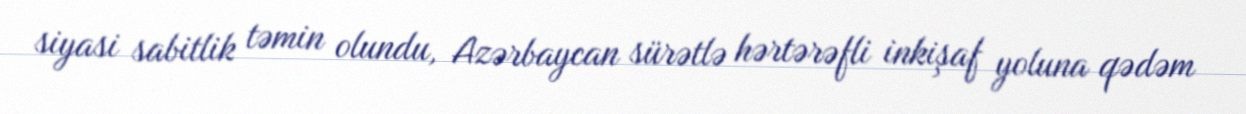
siyasi sabitlik təmin olundu, Azərbaycan sürətlə hərtərəfli inkişaf yoluna qədəm